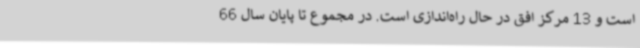
است و 13 مرکز افق در حال راه‌اندازی است. در مجموع تا پایان سال 66